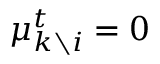
\mu _ { k \setminus i } ^ { t } = 0